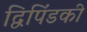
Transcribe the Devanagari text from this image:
द्विपिंडकी